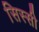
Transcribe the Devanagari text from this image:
सिस्सी